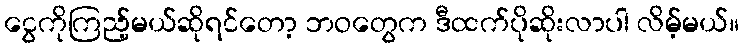
ငွေကိုကြည့်မယ်ဆိုရင်တော့ ဘဝတွေက ဒီထက်ပိုဆိုးလာပါ လိမ့်မယ်။